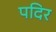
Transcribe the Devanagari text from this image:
पदिर